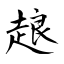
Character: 𧻴